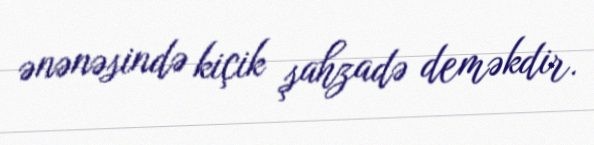
ənənəsində kiçik şahzadə deməkdir.